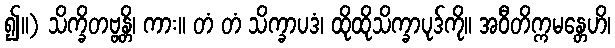
၍။) သိက္ခိတဗ္ဗန္တိ၊ ကား။ တံ တံ သိက္ခာပဒံ၊ ထိုထိုသိက္ခာပုဒ်ကို။ အဝီတိက္ကမန္တေဟိ၊